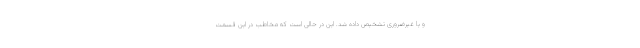
و یا غیرضروری تشخیص داده شد. این در حالی است که مخاطب در این قسمت